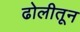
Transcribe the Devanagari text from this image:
ढोलीतून